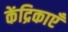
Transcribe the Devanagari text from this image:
केंद्रिकाएँ